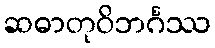
ဆဓာတုဝိဘင်္ဂဿ